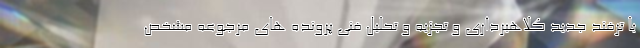
با ترفند جدید کلاهبرداری و تجزیه و تحلیل فنی پرونده های مرجوعه مشخص